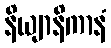
နိယျာနိကာနံ